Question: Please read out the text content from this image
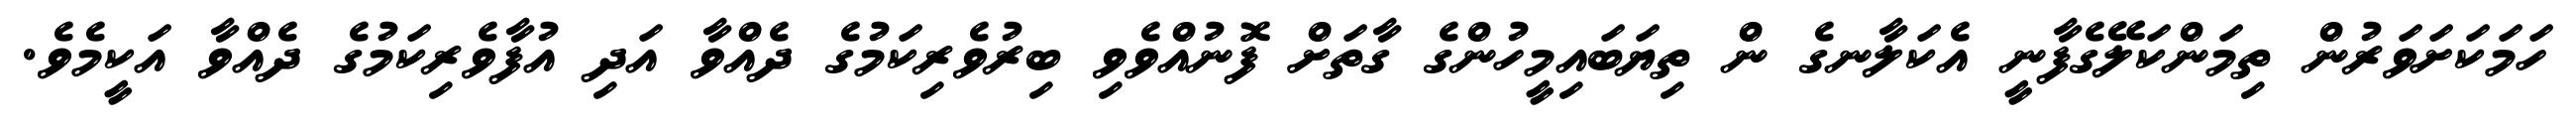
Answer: ހަމަކަށަވަރުން ތިމަންކަލޭގެފާނީ އެކަލާނގެ ން ތިޔަބައިމީހުންގެ ގާތަށް ފޮނުއްވެވި ބިރުވެރިކަމުގެ ދެއްވާ އަދި އުފާވެރިކަމުގެ ދެއްވާ އަކީމެވެ.